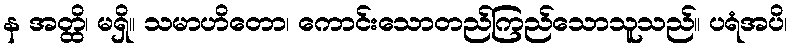
န အတ္ထိ၊ မရှိ။ သမာဟိတော၊ ကောင်းသောတည်ကြည်သောသူသည်။ ပရံအပိ၊